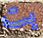
بت